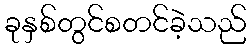
ခုနှစ်တွင်စတင်ခဲ့သည်